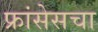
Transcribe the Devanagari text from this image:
फ्रांसेसचा